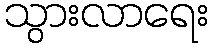
သွားလာရေး